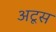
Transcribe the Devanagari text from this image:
अटूस